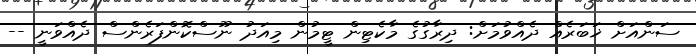
ސަންއަށް ޚަބަރެއް ދެއްވުމަށް: ދިރާގުގެ މާކެޓިން ޓީމުން މިއަދު ނޫސްކޮންފަރެންސް ދެއްވަނީ --